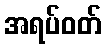
အရပ်ဝတ်